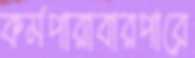
কর্মপারাবারপারে